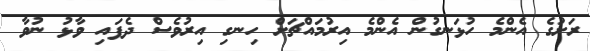
ރަށުގެ އެންމެ ހުޅަނގުން އެންމެ އިރުމައްޗަށް ހިނގި އިރުވެސް ދެފައި ވާޅު ނުވާ